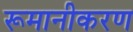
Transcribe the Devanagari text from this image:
रूमानीकरण